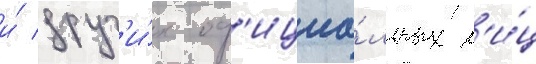
и́ друг'и́х оф'ициа́льных л'и́ц